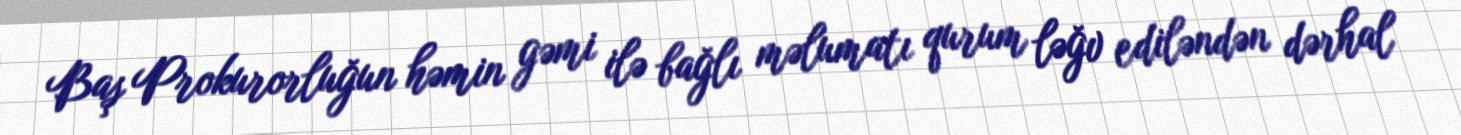
Baş Prokurorluğun həmin gəmi ilə bağlı məlumatı qurum ləğv ediləndən dərhal